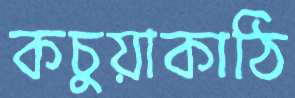
কচুয়াকাঠি